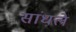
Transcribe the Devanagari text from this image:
सांधले